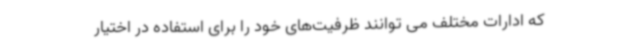
که ادارات مختلف می توانند ظرفیت‌های خود را برای استفاده در اختیار